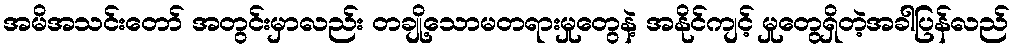
အမိအသင်းတော် အတွင်းမှာလည်း တချို့သောမတရားမှုတွေနဲ့ အနိုင်ကျင့် မှုတွေရှိတဲ့အခါပြန်လည်